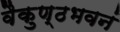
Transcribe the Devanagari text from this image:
वैकुण्ठभवनं